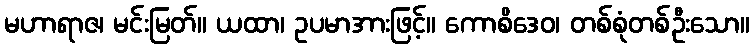
မဟာရာဇ၊ မင်းမြတ်။ ယထာ၊ ဥပမာအားဖြင့်။ ကောစိဒေဝ၊ တစ်စုံတစ်ဦးသော။